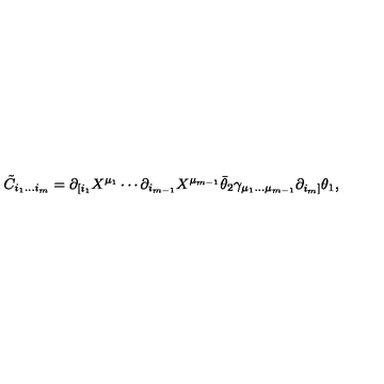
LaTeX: \tilde { C } _ { i _ { 1 } \ldots i _ { m } } = \partial _ { [ i _ { 1 } } X ^ { \mu _ { 1 } } \cdots \partial _ { i _ { m - 1 } } X ^ { \mu _ { m - 1 } } \bar { \theta } _ { 2 } \gamma _ { \mu _ { 1 } \ldots \mu _ { m - 1 } } \partial _ { i _ { m } ] } \theta _ { 1 } ,